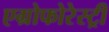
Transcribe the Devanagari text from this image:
एग्रोफोरेस्ट्री